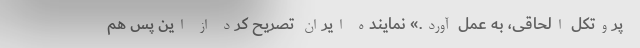
پروتکل الحاقی، به عمل آورد.» نماینده ایران تصریح کرد از این پس هم